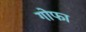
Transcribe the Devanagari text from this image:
गोफा